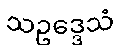
သဥဒ္ဒေသံ